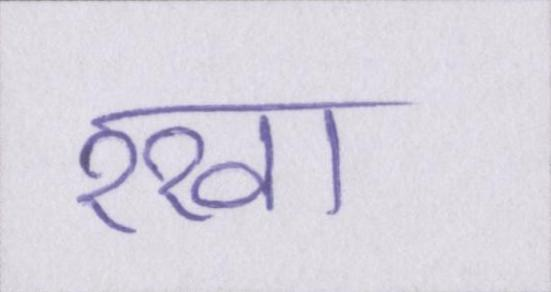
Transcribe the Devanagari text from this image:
रखा